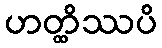
ဟတ္ထိဿပိ